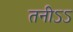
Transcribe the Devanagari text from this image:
तनीऽऽ